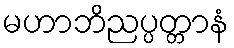
မဟာဘိညပ္ပတ္တာနံ